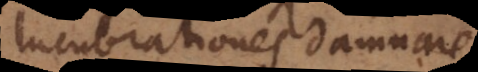
lucubrationes damnare